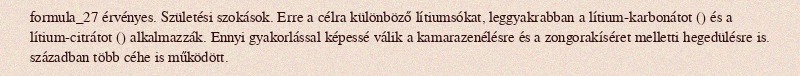
formula_27 érvényes. Születési szokások. Erre a célra különböző lítiumsókat, leggyakrabban a lítium-karbonátot () és a lítium-citrátot () alkalmazzák. Ennyi gyakorlással képessé válik a kamarazenélésre és a zongorakíséret melletti hegedülésre is. században több céhe is működött.